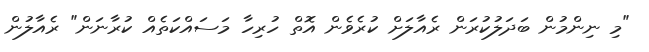
"މި ނިންމުން ބަދަލުކުރަން ރެއާލަށް ކުރެވެން އޮތް ހުރިހާ މަސައްކަތެއް ކުރާނަން" ރެއާލުން